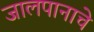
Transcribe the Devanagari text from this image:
जालपानाचे